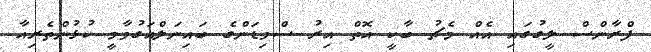
ފްރާންސް ލީގުގައި އެއް މެޗު ބާކީ އޮތް އިރު ސްވިޑަންގެ ބައިނަލްއަގުވާމީ ކުޅުންތެރިއާ